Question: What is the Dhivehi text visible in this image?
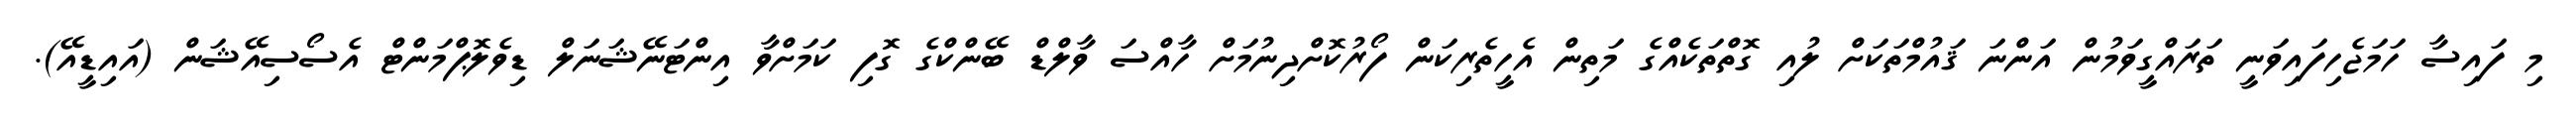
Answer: މި ފައިސާ ހަމަޖެހިފައިވަނީ ތަރައްގީވަމުން އަންނަ ޤައުމްތަކަށް ލުއި ގޮތްތަކެއްގެ މަތިން އެހީތެރިކަން ފޯރުކޮށްދިނުމަށް ހާއްސަ ވާލްޑް ބޭންކްގެ ގޮފި ކަމަށްވާ އިންޓަނޭޝަނަލް ޑިވެލޮޕްމަންޓް އެސޯސިއޭޝަން (އައިޑީއޭ).